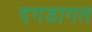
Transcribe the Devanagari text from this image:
दगडागत